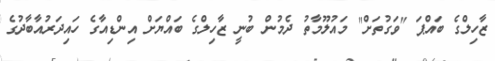
ޒާހިލްގެ ބައްޕަ "ވަގުތަށް" މައުލޫމާތު ދެމުން ބުނީ ޒާހިލްގެ ބައްޔަށް އިންޑިއާގެ ހައިދަރުއާބާދުގެ